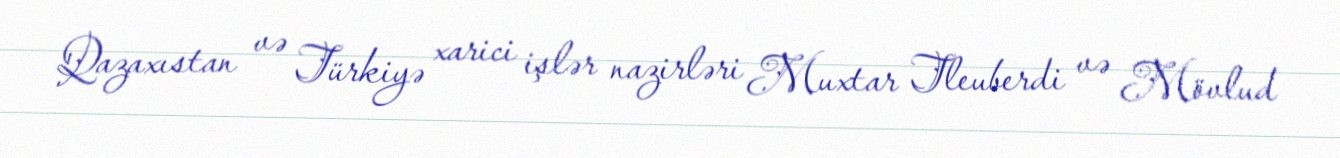
Qazaxıstan və Türkiyə xarici işlər nazirləri Muxtar Tleuberdi və Mövlud